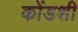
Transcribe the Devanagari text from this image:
कोंडशी